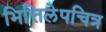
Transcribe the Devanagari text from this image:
भित्तिलेपचित्र